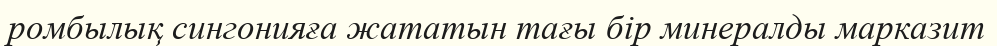
ромбылық сингонияға жататын тағы бір минералды марказит